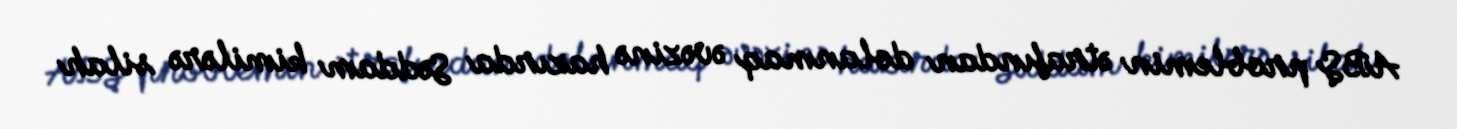
ABŞ problemin ətrafından dolanmaq əvəzinə hazırda Səddam kimilərə silah